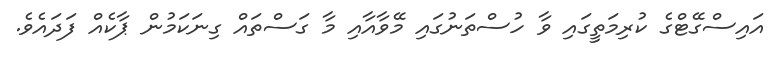
އައިސްގޭޓްގެ ކުރިމަތީގައި ވާ ހުސްތަނުގައި މޭވާއާއި މާ ގަސްތައް ގިނަކަމުން ޕާކެއް ފަދައެވެ.